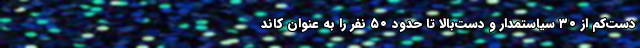
دست‌کم از ۳۰ سیاستمدار و دست‌بالا تا حدود ۵۰ نفر را به عنوان کاند